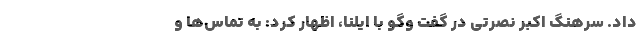
داد. سرهنگ اکبر نصرتی در گفت وگو با ایلنا، اظهار کرد: به تماس‌ها و